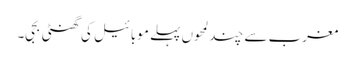
مغرب سے چند لمحوں پہلے موبائیل کی گھنٹی بجی۔